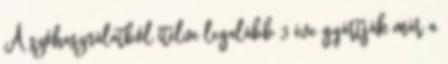
A szóhasználatból ítélve legalább 3 éve gyártják már a